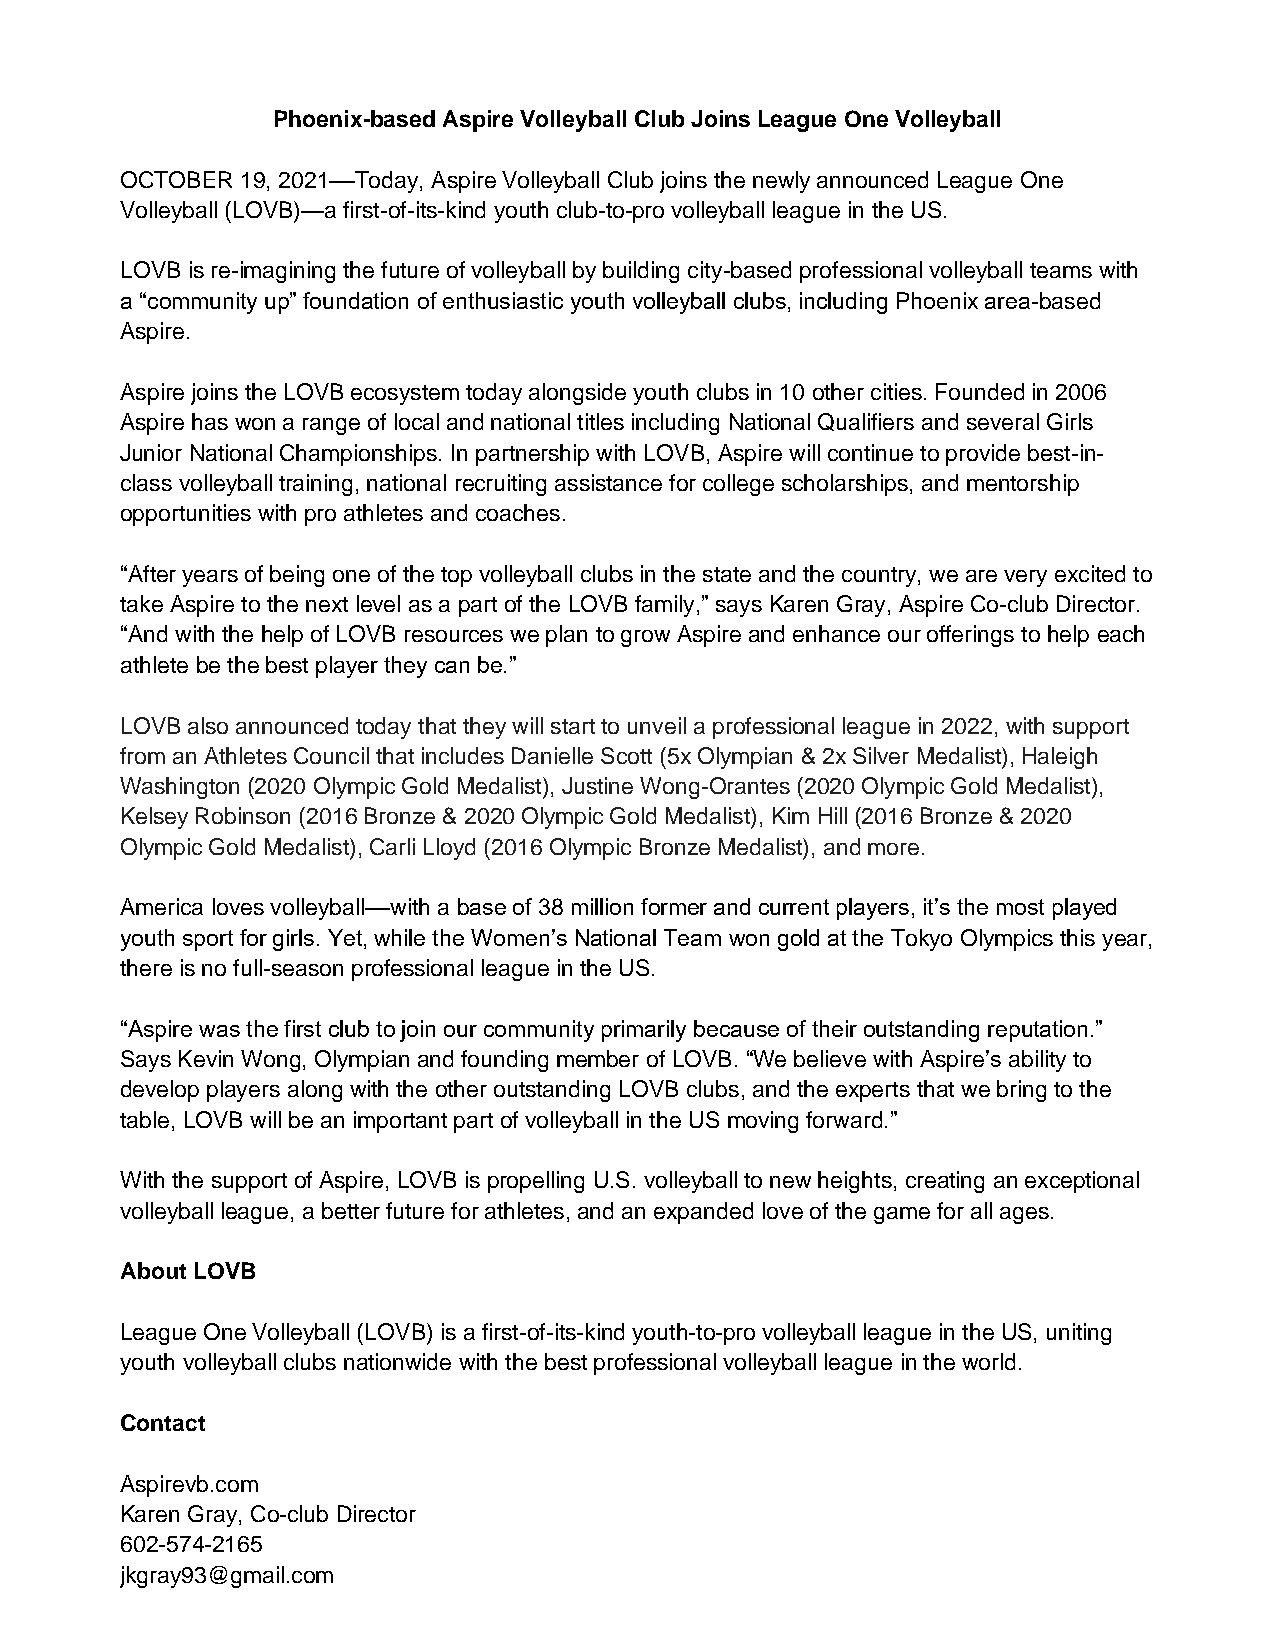
Phoenix-based Aspire Volleyball Club Joins League One Volleyball
 OCTOBER 19, 2021––Today, Aspire Volleyball Club joins the newly announced League One
 Volleyball (LOVB)—a first-of-its-kind youth club-to-pro volleyball league in the US.
 LOVB is re-imagining the future of volleyball by building city-based professional volleyball teams with
 a “community up” foundation of enthusiastic youth volleyball clubs, including Phoenix area-based
 Aspire.
 Aspire joins the LOVB ecosystem today alongside youth clubs in 10 other cities. Founded in 2006
 Aspire has won a range of local and national titles including National Qualifiers and several Girls
 Junior National Championships. In partnership with LOVB, Aspire will continue to provide best-in-
 class volleyball training, national recruiting assistance for college scholarships, and mentorship
 opportunities with pro athletes and coaches.
 “After years of being one of the top volleyball clubs in the state and the country, we are very excited to
 take Aspire to the next level as a part of the LOVB family,” says Karen Gray, Aspire Co-club Director.
 “And with the help of LOVB resources we plan to grow Aspire and enhance our offerings to help each
 athlete be the best player they can be.”
 LOVB also announced today that they will start to unveil a professional league in 2022, with support
 from an Athletes Council that includes Danielle Scott (5x Olympian & 2x Silver Medalist), Haleigh
 Washington (2020 Olympic Gold Medalist), Justine Wong-Orantes (2020 Olympic Gold Medalist),
 Kelsey Robinson (2016 Bronze & 2020 Olympic Gold Medalist), Kim Hill (2016 Bronze & 2020
 Olympic Gold Medalist), Carli Lloyd (2016 Olympic Bronze Medalist), and more.
 America loves volleyball––with a base of 38 million former and current players, it’s the most played
 youth sport for girls. Yet, while the Women’s National Team won gold at the Tokyo Olympics this year,
 there is no full-season professional league in the US.
 “Aspire was the first club to join our community primarily because of their outstanding reputation.”
 Says Kevin Wong, Olympian and founding member of LOVB. “We believe with Aspire’s ability to
 develop players along with the other outstanding LOVB clubs, and the experts that we bring to the
 table, LOVB will be an important part of volleyball in the US moving forward.”
 With the support of Aspire, LOVB is propelling U.S. volleyball to new heights, creating an exceptional
 volleyball league, a better future for athletes, and an expanded love of the game for all ages.
 About LOVB
 League One Volleyball (LOVB) is a first-of-its-kind youth-to-pro volleyball league in the US, uniting
 youth volleyball clubs nationwide with the best professional volleyball league in the world.
 Contact
 Aspirevb.com
 Karen Gray, Co-club Director
 602-574-2165
 jkgray93@gmail.com